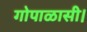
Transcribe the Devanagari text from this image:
गोपाळासी।